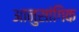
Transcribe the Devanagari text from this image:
आनुसांगिक